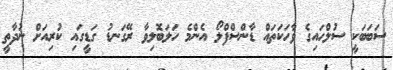
ސަބަބަކީ ސުލްހައިގެ ވާހަކަތައް ޑާންސްފްލޯ އެންމެ ހަލަބޮލިވާ ރޭގަނޑު ގަޑީގައި ކުރިއަށް ނުދާތީ